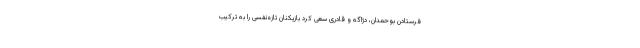
فرستادن بوحمدان، دژاگه و قادری سعی کرد بازیکنان تازه‌نفسی را به ترکیب